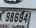
98694